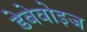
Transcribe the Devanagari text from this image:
डेबेवोइज